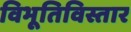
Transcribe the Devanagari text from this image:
विभूतिविस्तार